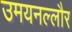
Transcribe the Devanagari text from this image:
उमयनल्लौर